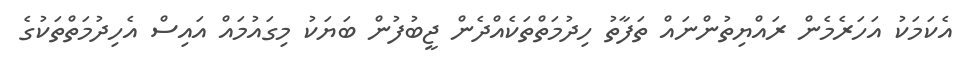
އެކަމަކު އަހަރެމެން ރައްޔިތުންނައް ތަފާތު ހިދުމަތްތަކެއްދެން ޖީބުފުން ބަޔަކު މިގައުމައް އައިސް އެހިދުމަތްތަކުގެ